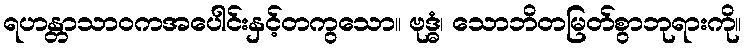
ရဟန္တာသာဝကအပေါင်းနှင့်တကွသော။ ဗုဒ္ဓံ၊ သောဘိတမြတ်စွာဘုရားကို။